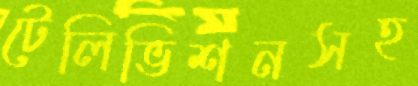
টেলিভিশনসহ